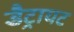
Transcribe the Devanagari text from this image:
डैट्रायट